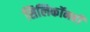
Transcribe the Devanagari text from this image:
सिलिकॉनही